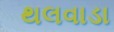
થલવાડા